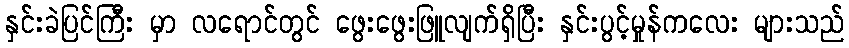
နှင်းခဲပြင်ကြီး မှာ လရောင်တွင် ဖွေးဖွေးဖြူလျက်ရှိပြီး နှင်းပွင့်မှုန်ကလေး များသည်